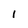
Character: l